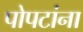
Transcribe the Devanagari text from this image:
पोपटांना